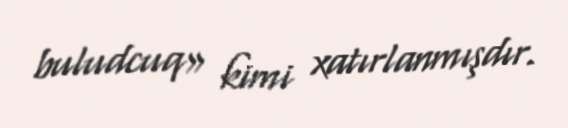
buludcuq» kimi xatırlanmışdır.